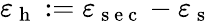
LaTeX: \varepsilon_{\mathrm{~h~}}:=\varepsilon_{\mathrm{~s~e~c~}}-\varepsilon_{\mathrm{~s~}}